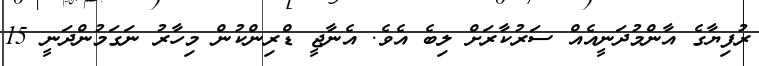
ރުފިޔާގެ އާންމުދަނީއެއް ސަރުކާރަށް ލިބެ އެވެ. އެނާޖީ ޑްރިންކުން މިހާރު ނަގަމުންދަނީ 15